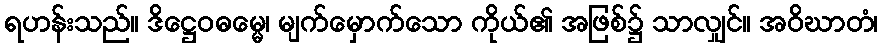
ရဟန်းသည်။ ဒိဋ္ဌေဝဓမ္မေ၊ မျက်မှောက်သော ကိုယ်၏ အဖြစ်၌ သာလျှင်။ အဝိဃာတံ၊